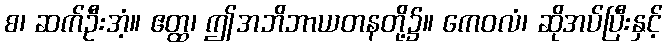
စ၊ ဆက်ဦးအံ့။ ဧတ္ထ၊ ဤအဘိဘာယတနတို့၌။ ကေဝလံ၊ ဆိုအပ်ပြီးနှင့်